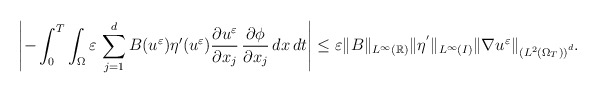
\begin{align*} \left|-\int_{0}^{T}\int_{\Omega}\varepsilon\,\displaystyle\sum_{j=1}^{d}B(u^{\varepsilon})\eta^{\prime}(u^{\varepsilon})\frac{\partial u^{\varepsilon}}{\partial x_{j}}\,\frac{\partial \phi}{\partial x_{j}}\,dx\,dt\right| \leq \varepsilon \|B\|_{L^{\infty}(\mathbb{R})}\|\eta^{'}\|_{L^{\infty}(I)}\|\nabla u^{\varepsilon}\|_{\left(L^{2}(\Omega_{T})\right)^{d}}.\end{align*}